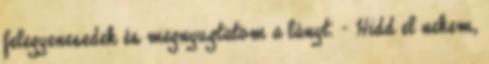
felegyenesedek és megnyugtatom a lányt. - Hidd el nekem,